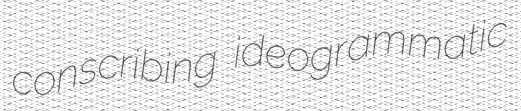
conscribing ideogrammatic